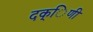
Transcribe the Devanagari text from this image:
दक्िणी